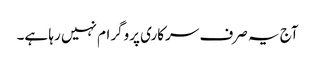
آج یہ صرف سرکاری پروگرام نہیں رہا ہے۔